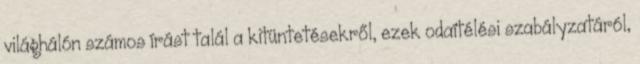
világhálón számos írást talál a kitüntetésekről, ezek odaítélési szabályzatáról,